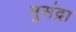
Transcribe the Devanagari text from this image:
मुसंद्रा